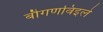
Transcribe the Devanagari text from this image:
बौगणविइले